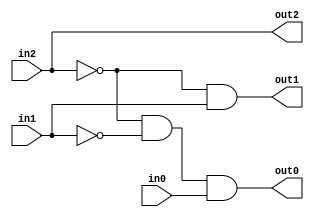
`timescale 1ns / 1ps
//////////////////////////////////////////////////////////////////////////////////
// Company: 
// Engineer: 
// 
// Design Name: 
// Module Name:    GateLevel_PE 
// Project Name: 
// Target Devices: 
// Tool versions: 
// Description: 
//
// Dependencies: 
//
// Revision: 
// Revision 0.01 - File Created
// Additional Comments: 
//
//////////////////////////////////////////////////////////////////////////////////
module GateLevel_PE(
    input wire in2,
    input wire in1,
    input wire in0,
    output wire out2,
    output wire out1,
    output wire out0
    );

	wire _in2, _in1, _in0;					// Inversions of inputs
	
	not not_1 (_in2, in2);
	not not_2 (_in1, in1);
	not not_3 (_in0, in0);
	
	buf buf_1 (out2, in2);					// out2 = in2
	and and_1 (out1, _in2, in1);			// out1 = _in2 . in1
	and and_2 (out0, _in2, _in1, in0);	// out0 = _in2 . _in1 . in0

endmodule